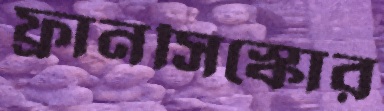
ফ্রানসিস্কোর